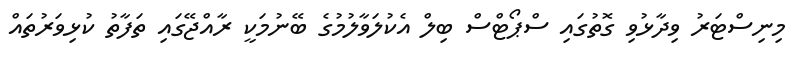
މިނިސްޓަރު ވިދާޅުވި ގޮތުގައި ސްޕޯޓްސް ބިލް އެކުލަވާލުމުގެ ބޭނުމަކީ ރާއްޖޭގައި ތަފާތު ކުޅިވަރުތައް